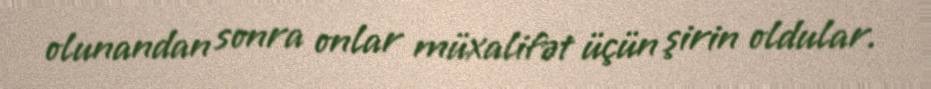
olunandan sonra onlar müxalifət üçün şirin oldular.